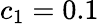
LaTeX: c_{1}=0.1